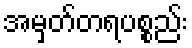
အမှတ်တရပစ္စည်း